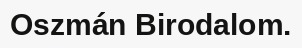
Oszmán Birodalom.